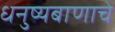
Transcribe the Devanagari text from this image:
धनुष्यबाणाचे